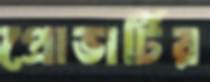
প্রোভার্টির